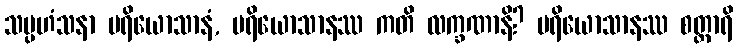
သမ္ပဟံသနာ ပရိယောသာနံ, ပရိယောသာနဿ ကတိ လက္ခဏာနိ? ပရိယောသာနဿ စတ္တာရိ